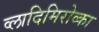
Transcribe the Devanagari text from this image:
व्लादिमिरोव्का